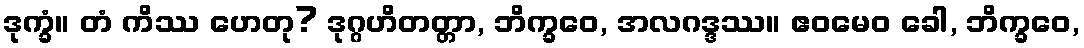
ဒုက္ခံ။ တံ ကိဿ ဟေတု? ဒုဂ္ဂဟိတတ္တာ, ဘိက္ခဝေ, အလဂဒ္ဒဿ။ ဧဝမေဝ ခေါ, ဘိက္ခဝေ,